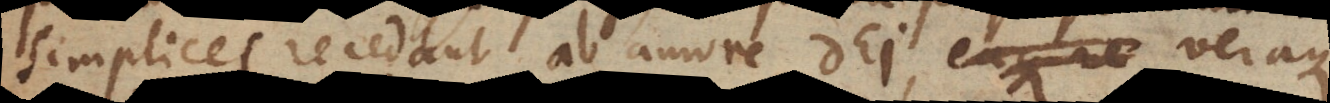
simplices recedant ab amore Dei, veraque